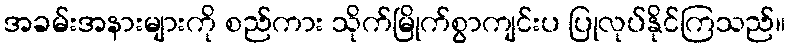
အခမ်းအနားများကို စည်ကား သိုက်မြိုက်စွာကျင်းပ ပြုလုပ်နိုင်ကြသည်။